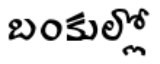
బంకుల్లో